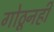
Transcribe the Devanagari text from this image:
गोठूनही